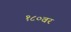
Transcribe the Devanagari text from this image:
१८०वर